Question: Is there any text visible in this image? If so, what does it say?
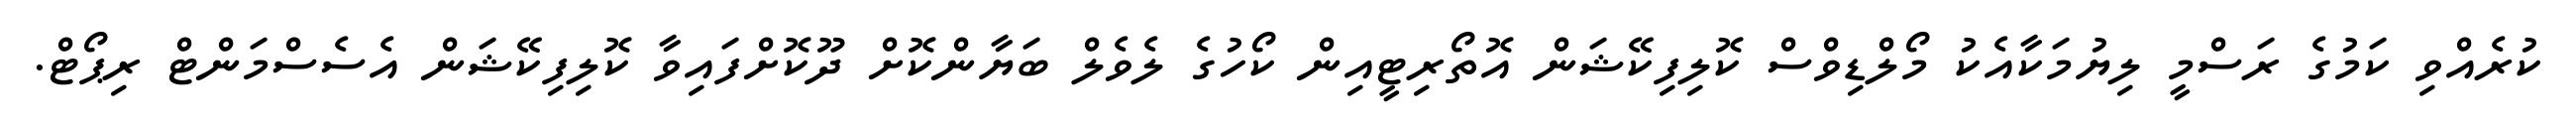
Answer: ކުރެއްވި ކަމުގެ ރަސްމީ ލިޔުމަކާއެކު މޯލްޑިވްސް ކޮލިފިކޭޝަން އޮތޯރިޓީއިން ކޯހުގެ ލެވެލް ބަޔާންކޮށް ދޫކޮށްފައިވާ ކޮލިފިކޭޝަން އެސެސްމަންޓް ރިޕޯޓް.